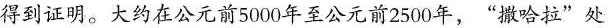
得到证明。大约在公元前5000年至公元前2500年，”撒哈拉”处